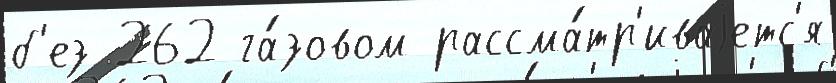
б'ез 262 га́зовом рассма́тр'иваjетс'я